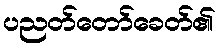
ပညတ်တော်ခေတ်၏